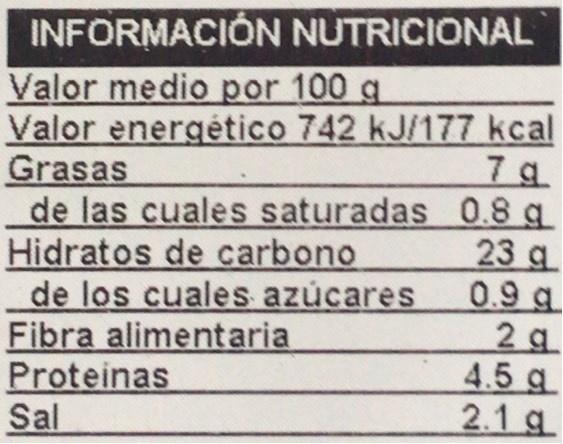
INFORMACIÓN NUTRICIONAL
Valor medio por 100 g Valor energético 742 kJ/177 kcal Grasas de las cuales saturadas 0.8 g Hidratos de carbono de los cuales azúcares Fibra alimentaria Proteinas Sal
23 g 0.9 g 2 g 4.5 g 2.1 g